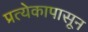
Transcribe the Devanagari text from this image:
प्रत्येकापासून